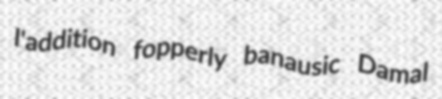
l'addition fopperly banausic Damal